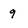
Character: 9